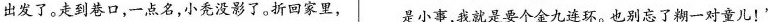
出发了。走到巷口，一点名，小秃没影了。折回家里， 是小事，我就是要个金九连环。也别忘了糊一对童儿！”